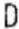
D